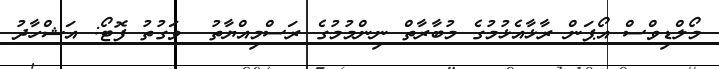
މޯލްޑިވްސް އޯޕަން ރާޅާއެޅުމުގެ މުބާރާތް ނިންމުމުގެ ރަސްމިއްޔާތު  ވަގުތު ފޮޓޯ: އަޝްހާދު